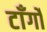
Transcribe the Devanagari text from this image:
टाँर्गों